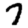
Digit: 7